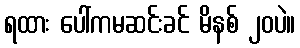
ရထား ပေါ်ကမဆင်းခင် မိနစ် ၂၀ပဲ။